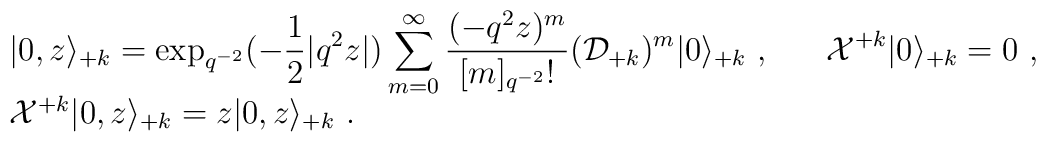
\begin{array}{l}\vert 0, z\rangle_{+k}=\displaystyle\exp_{q^{-2}}(-\frac{1}{2}|q^2z|)\sum_{m=0}^\infty                   \frac{(-q^2z)^m}{[m]_{q^{-2}}!}({\cal D}_{+k})^m\vert 0                   \rangle_{+k}~,~~~~~{\cal X}^{+k}\vert 0\rangle_{+k}=0~,\\{\cal X}^{+k}\vert 0,z\rangle_{+k} =z\vert 0,z\rangle_{+k}~.\end{array}